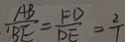
\frac { A B } { B E } = \frac { F D } { D E } = \frac { 2 } { 1 }